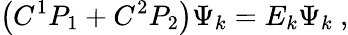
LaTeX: \left(C^{1}P_{1}+C^{2}P_{2}\right)\Psi_{k}=E_{k}\Psi_{k}~,